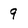
Character: 9